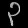
Digit: ၃